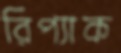
রিপ্যাক